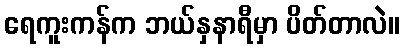
ရေကူးကန်က ဘယ်နှနာရီမှာ ပိတ်တာလဲ။